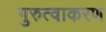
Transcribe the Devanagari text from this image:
गुरुत्वाकरण